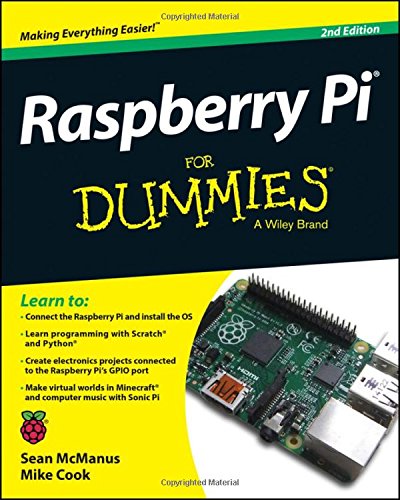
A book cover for Raspberry Pi For Dummies; Sean McManus; Computers & Technology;